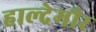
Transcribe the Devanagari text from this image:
हाल्देमीर